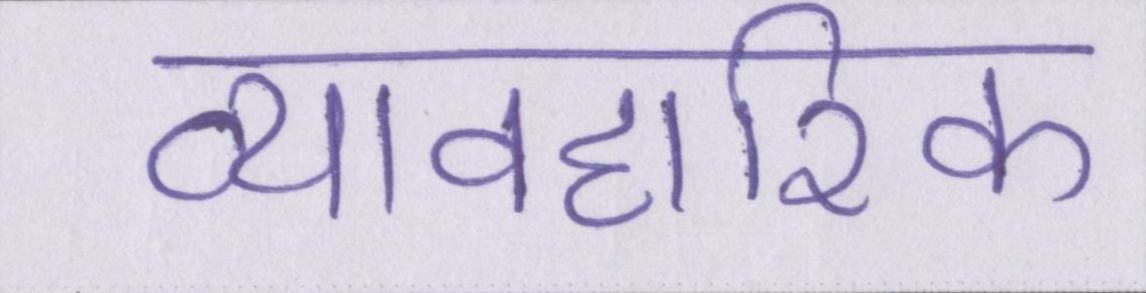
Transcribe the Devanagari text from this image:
व्यावहारिक